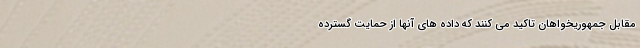
مقابل جمهوریخواهان تاکید می کنند که داده های آنها از حمایت گسترده